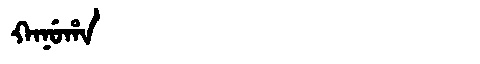
Manchu: ᡴᠠᠨᡠᡥᠠ
Romanization: KANUHA